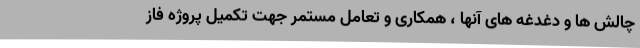
چالش ها و دغدغه های آنها ، همکاری و تعامل مستمر جهت تکمیل پروژه فاز